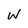
Character: W